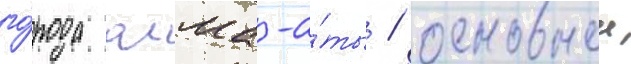
го́рода алма-а́ты / основнои